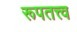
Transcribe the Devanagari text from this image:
रूपतत्त्व